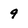
Character: 9